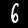
Label: 6